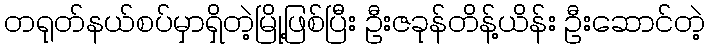
တရုတ်နယ်စပ်မှာရှိတဲ့မြို့ဖြစ်ပြီး ဦးဇခုန်တိန့်ယိန်း ဦးဆောင်တဲ့